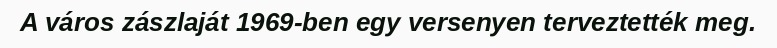
A város zászlaját 1969-ben egy versenyen terveztették meg.